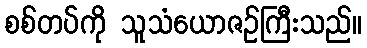
စစ်တပ်ကို သူသံယောဇဉ်ကြီးသည်။